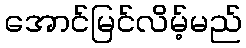
အောင်မြင်လိမ့်မည်